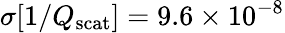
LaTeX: \sigma[1/Q_{\mathrm{scat}}]=9.6\times 10^{-8}